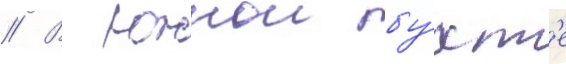
// В южнои бу́хт'е